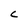
Character: C